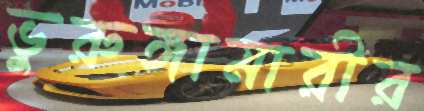
ভুরুঙ্গামারীর